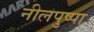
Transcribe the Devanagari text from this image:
नीलपुष्पा